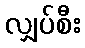
လျှပ်စီး